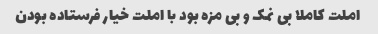
املت کاملا بی نمک و بی مزه بود با املت خیار فرستاده بودن